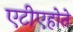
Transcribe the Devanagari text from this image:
एटीएहोते